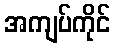
အကျပ်ကိုင်